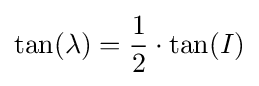
\tan(\lambda )={\frac {1}{2}}\cdot \tan(I)